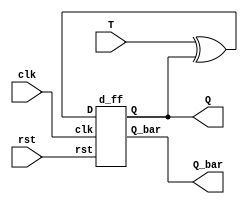
`timescale 1ns / 1ps
//////////////////////////////////////////////////////////////////////////////////
// Company: 
// Engineer: 
// 
// Design Name: 
// Module Name:    rt 
// Project Name: 
// Target Devices: 
// Tool versions: 
// Description: 
//
// Dependencies: 
//
// Revision: 
// Revision 0.01 - File Created
// Additional Comments: 
//
//////////////////////////////////////////////////////////////////////////////////
module rt(clk,rst,T,Q,Q_bar);
input clk,rst,T;
output Q,Q_bar;
wire w1;

assign w1 = T^Q;

d_ff DF(clk,rst,w1,Q,Q_bar);

endmodule

module d_ff(clk,rst,D,Q,Q_bar);
input clk,rst, D;
output reg Q;
output Q_bar;
always @(posedge clk) begin
if(!rst)
  Q <= D;
else
  Q <= 1'b0;
end
assign Q_bar = ~Q;
endmodule